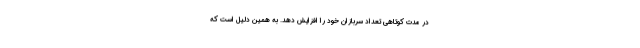
در مدت کوتاهی تعداد سربازان خود را افزایش دهد. به همین دلیل است که